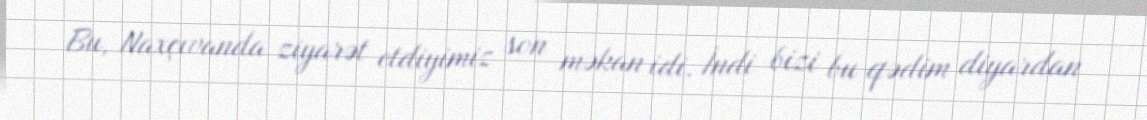
Bu, Naxçıvanda ziyarət etdiyimiz son məkan idi. İndi bizi bu qədim diyardan